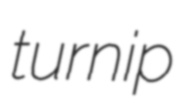
turnip